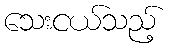
သေးငယ်သည့်